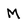
Character: M